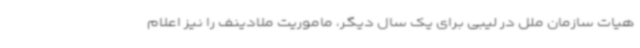
هیات سازمان ملل در لیبی برای یک سال دیگر، ماموریت ملادینف را نیز اعلام